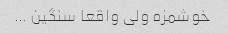
خوشمزه ولی واقعا سنگین …